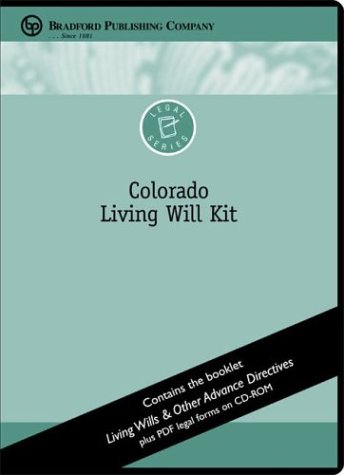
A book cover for Colorado Living Will Kit (Bradford Legal Series); Karen Brady; Law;